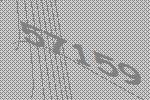
57159